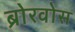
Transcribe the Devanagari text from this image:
ब्रोरवोस